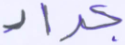
جراد